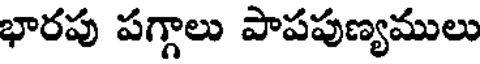
భారపు పగ్గాలు పాపపుణ్యములు